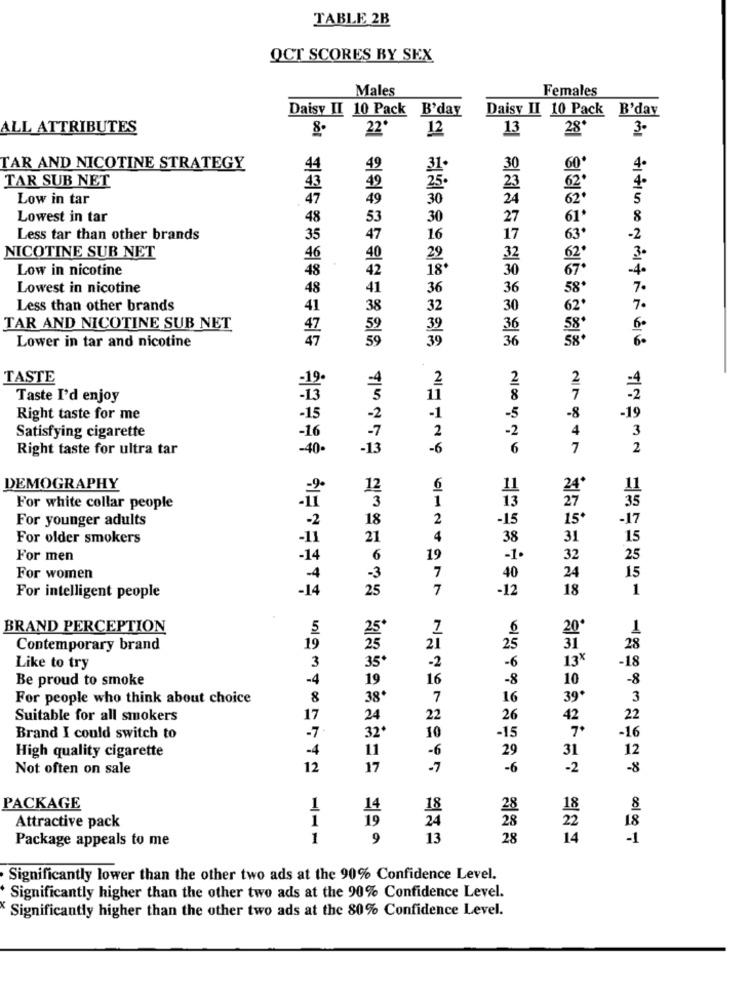
TABLE 2B
OCT SCORES BY SEX
Males
Females
Daisy II 10 Pack B'day
Daisy II 10 Pack B'day
ALL ATTRIBUTES
13
28*
3.
22*
12
TAR AND NICOTINE STRATEGY
44
49
30
60
TAR SUB NET
49
25.
23
62
Low in tar
49
30
24
62
Lowest in tar
48
53
30
27
61*
Less tar than other brands
35
47
16
17
63
NICOTINE SUB NET
46
Low in nicotine
Lowest in nicotine
Less than other brands
TAR AND NICOTINE SUB NET
Lower in tar and nicotine
TASTE
Taste I'd enjoy
-5
Right taste for me
-19
-2
Satisfying cigarette
Right taste for ultra tar
40
-6
6
2
NIN G + 4
DEMOGRAPHY
12
11
13
For white collar people
For younger adults
18
2
-15
15*
-17
For older smokers
21
38
31
For men
19
-1.
32
25
7
For women
40
24
15
7
-12
18
For intelligent people
-14
BRAND PERCEPTION
7
6
20'
Contemporary brand
19
25
21
25
31
-2
-6
13
Like to try
35
Be proud to smoke
19
16
-8
10
For people who think about choice
8
38
7
16
39
Suitable for all smokers
17
24
22
26
42
-7
7
Brand I could switch to
32
10
15
11
-6
29
31
High quality cigarette
-4
Not often on sale
12
17
-7
-6
-2
PACKAGE
1
14
18
28
18
1
19
24
28
22
Attractive pack
Package appeals to me
1
9
13
28
14
全 445 8 2 47 7 66 4219 32 135 17 15 35 15 1 123 18 8 3 22 16 121 8181
Significantly lower than the other two ads at the 90% Confidence Level.
Significantly higher than the other two ads at the 90% Confidence Level.
Significantly higher than the other two ads at the 80% Confidence Level.